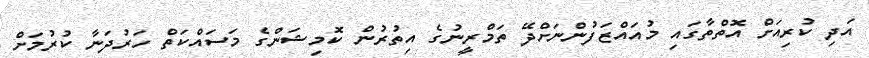
އަދި ކުރިއަށް އޮތްތާގައި މުއައްޒަފުންނަށްދޭ ތަމްރީނުގެ އިތުރުން ކޮމިޝަންގެ މަސައްކަތް ހަރުދަނާ ކުރުމަށް